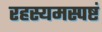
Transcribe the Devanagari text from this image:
रहस्यमस्पष्टं